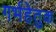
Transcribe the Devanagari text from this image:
गर्भहेतुक